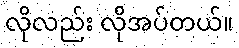
လိုလည်း လိုအပ်တယ်။